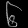
Digit: ၆